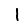
Digit: 1